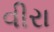
વીરા